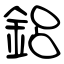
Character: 鋁